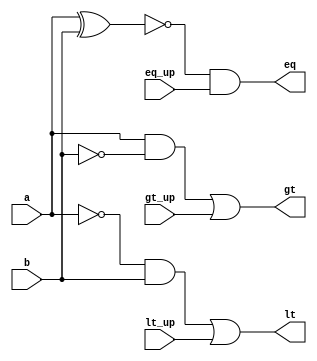
module Cmp_1bit(gt, eq, lt, a, b, gt_up, eq_up, lt_up);

input a;
input b;
input gt_up;
input eq_up;
input lt_up;
output gt;
output eq;
output lt;

wire a_n;
wire b_n;
wire gt_cur;
wire eq_cur;
wire lt_cur;

not (b_n, b);
and (gt_cur, a, b_n);
or (gt, gt_cur, gt_up);

xnor (eq_cur, a, b);
and (eq, eq_cur, eq_up);

not (a_n, a);
and (lt_cur, a_n, b);
or (lt, lt_cur, lt_up);

endmodule